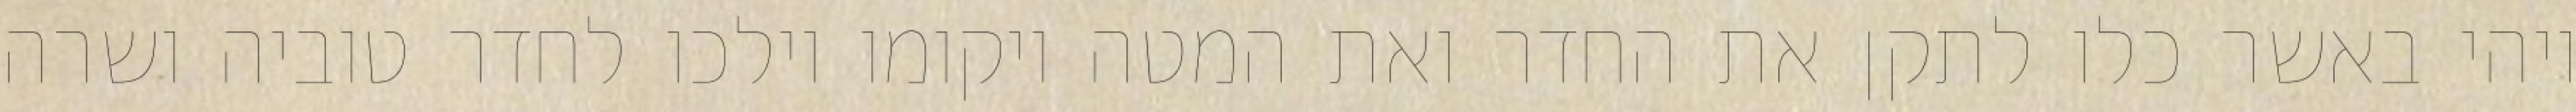
ויהי באשר כלו לתקן את החדר ואת המטה ויקומו וילכו לחדר טוביה ושרה